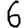
Digit: 6